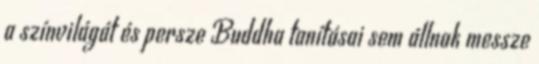
a színvilágát és persze Buddha tanításai sem állnak messze